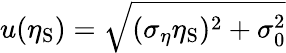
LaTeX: u(\eta_{\mathrm{S}})=\sqrt{(\sigma_{\eta}\eta_{\mathrm{S}})^{2}+\sigma_{0}^{2}}